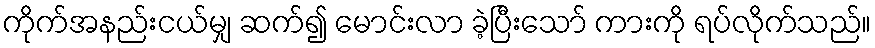
ကိုက်အနည်းငယ်မျှ ဆက်၍ မောင်းလာ ခဲ့ပြီးသော် ကားကို ရပ်လိုက်သည်။